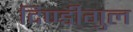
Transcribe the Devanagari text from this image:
दिण्डीगुल